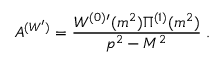
{ \cal A } ^ { ( W ^ { \prime } ) } = \frac { W ^ { ( 0 ) } { } ^ { \prime } ( m ^ { 2 } ) \Pi ^ { ( 1 ) } ( m ^ { 2 } ) } { p ^ { 2 } - M ^ { 2 } } \; .